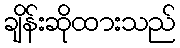
ချိန်းဆိုထားသည်